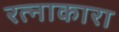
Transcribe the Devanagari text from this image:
रत्नाकारा